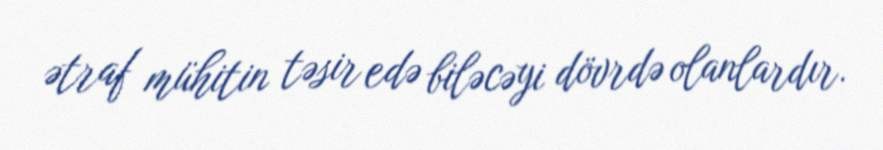
ətraf mühitin təsir edə biləcəyi dövrdə olanlardır.